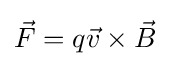
{\vec {F}}=q{\vec {v}}\times {\vec {B}}